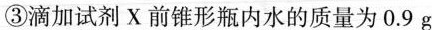
③滴加试剂X前锥形瓶内水的质量为 0.9 g